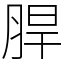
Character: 䏷